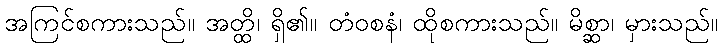
အကြင်စကားသည်။ အတ္ထိ၊ ရှိ၏။ တံဝစနံ၊ ထိုစကားသည်။ မိစ္ဆာ၊ မှားသည်။